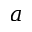
a